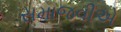
સમાજવીએ